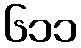
၆၁၁